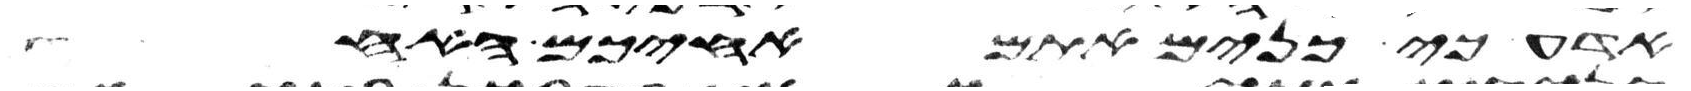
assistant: אדע כי כנים אתם אחיכם האחד